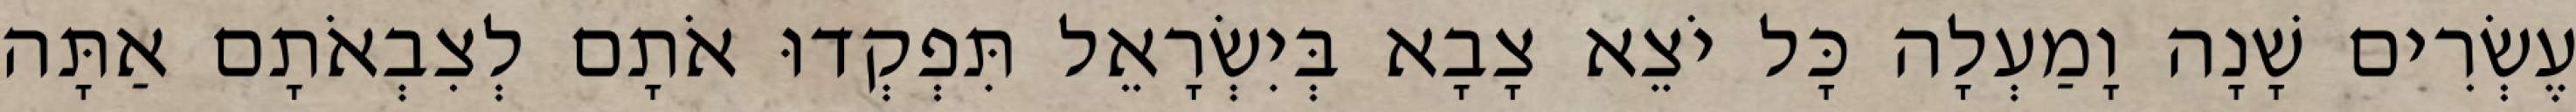
עֶשְׂרִים שָׁנָה וָמַעְלָה כָּל יֹצֵא צָבָא בְּיִשְׂרָאֵל תִּפְקְדוּ אֹתָם לְצִבְאֹתָם אַתָּה